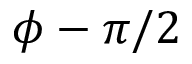
\phi - \pi / 2